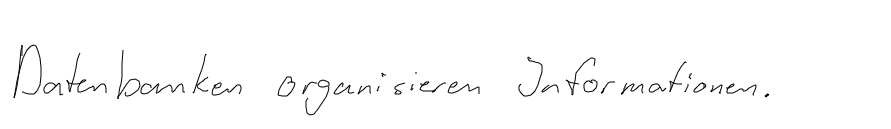
Datenbanken organisieren Informationen.